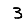
Digit: 3